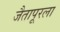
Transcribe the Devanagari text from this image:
जैतापूरला